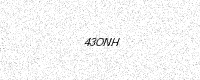
Text: 43ONH